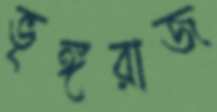
ভৃঙ্গরাজ